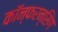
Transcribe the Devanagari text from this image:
कॉन्फरन्सिंग